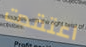
اعتقدت